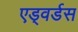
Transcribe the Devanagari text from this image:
एड्वर्डस